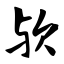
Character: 欤